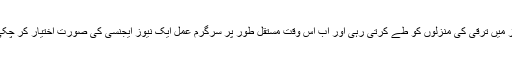
فضل خدا اور معصومین علیہم السلام کی عنایات کے زیر سایہ یہ ویب سائٹ آہستہ آہستہ اور معقول انداز میں ترقی کی منزلوں کو طے کرتی رہی اور اب اس وقت مستقل طور پر سرگرم عمل ایک نیوز ایجنسی کی صورت اختیار کر چکی ہےجس میں تجربہ کارایڈٰٹوریل بورڈ اور اندرونی اور بیرونی نامہ نگاراپنا اہم کردار ادا کر رہے ہیں۔